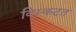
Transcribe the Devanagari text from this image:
विस्कटत